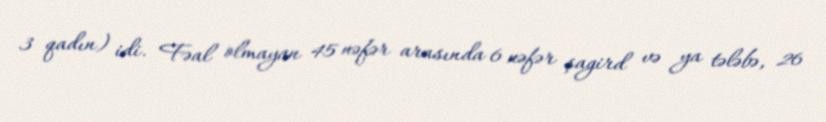
3 qadın) idi. Fəal olmayan 45 nəfər arasında 6 nəfər şagird və ya tələbə, 26